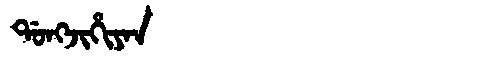
Manchu: ᡩᠣᠩᠵᡳᡥᡳᠶᠠᠨ
Romanization: DONGJIHIYAN